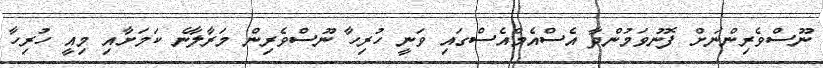
ނޫސްވެރިންނަށް ފޮނުވަމުންދާ އެސްއެމްއެސްގައި ވަނީ ހުރިހާ ނޫސްވެރިން މަރާލާނެ ކަމަށާއި މިއީ ހުރިހާ